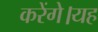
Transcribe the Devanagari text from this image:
करेंगे।यह